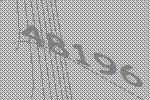
48196